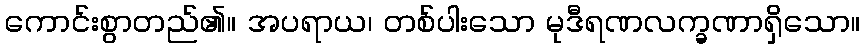
ကောင်းစွာတည်၏။ အပရာယ၊ တစ်ပါးသော မုဒီရဏလက္ခဏာရှိသော။